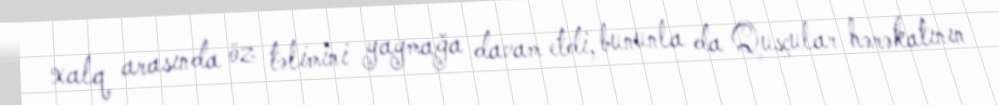
xalq arasında öz təlimini yaymağa davam etdi, bununla da Qusçular hərəkatının